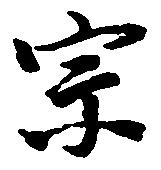
宗